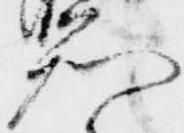
知